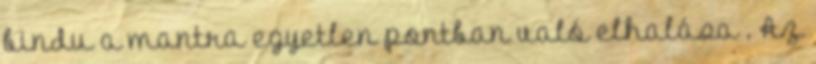
bindu a mantra egyetlen pontban való elhalása . Az